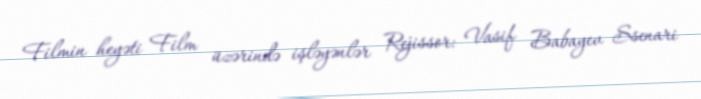
Filmin heyəti Film üzərində işləyənlər Rejissor: Vasif Babayev Ssenari